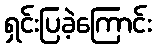
ရှင်းပြခဲ့ကြောင်း